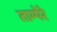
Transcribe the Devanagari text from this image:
ताम्पेरे